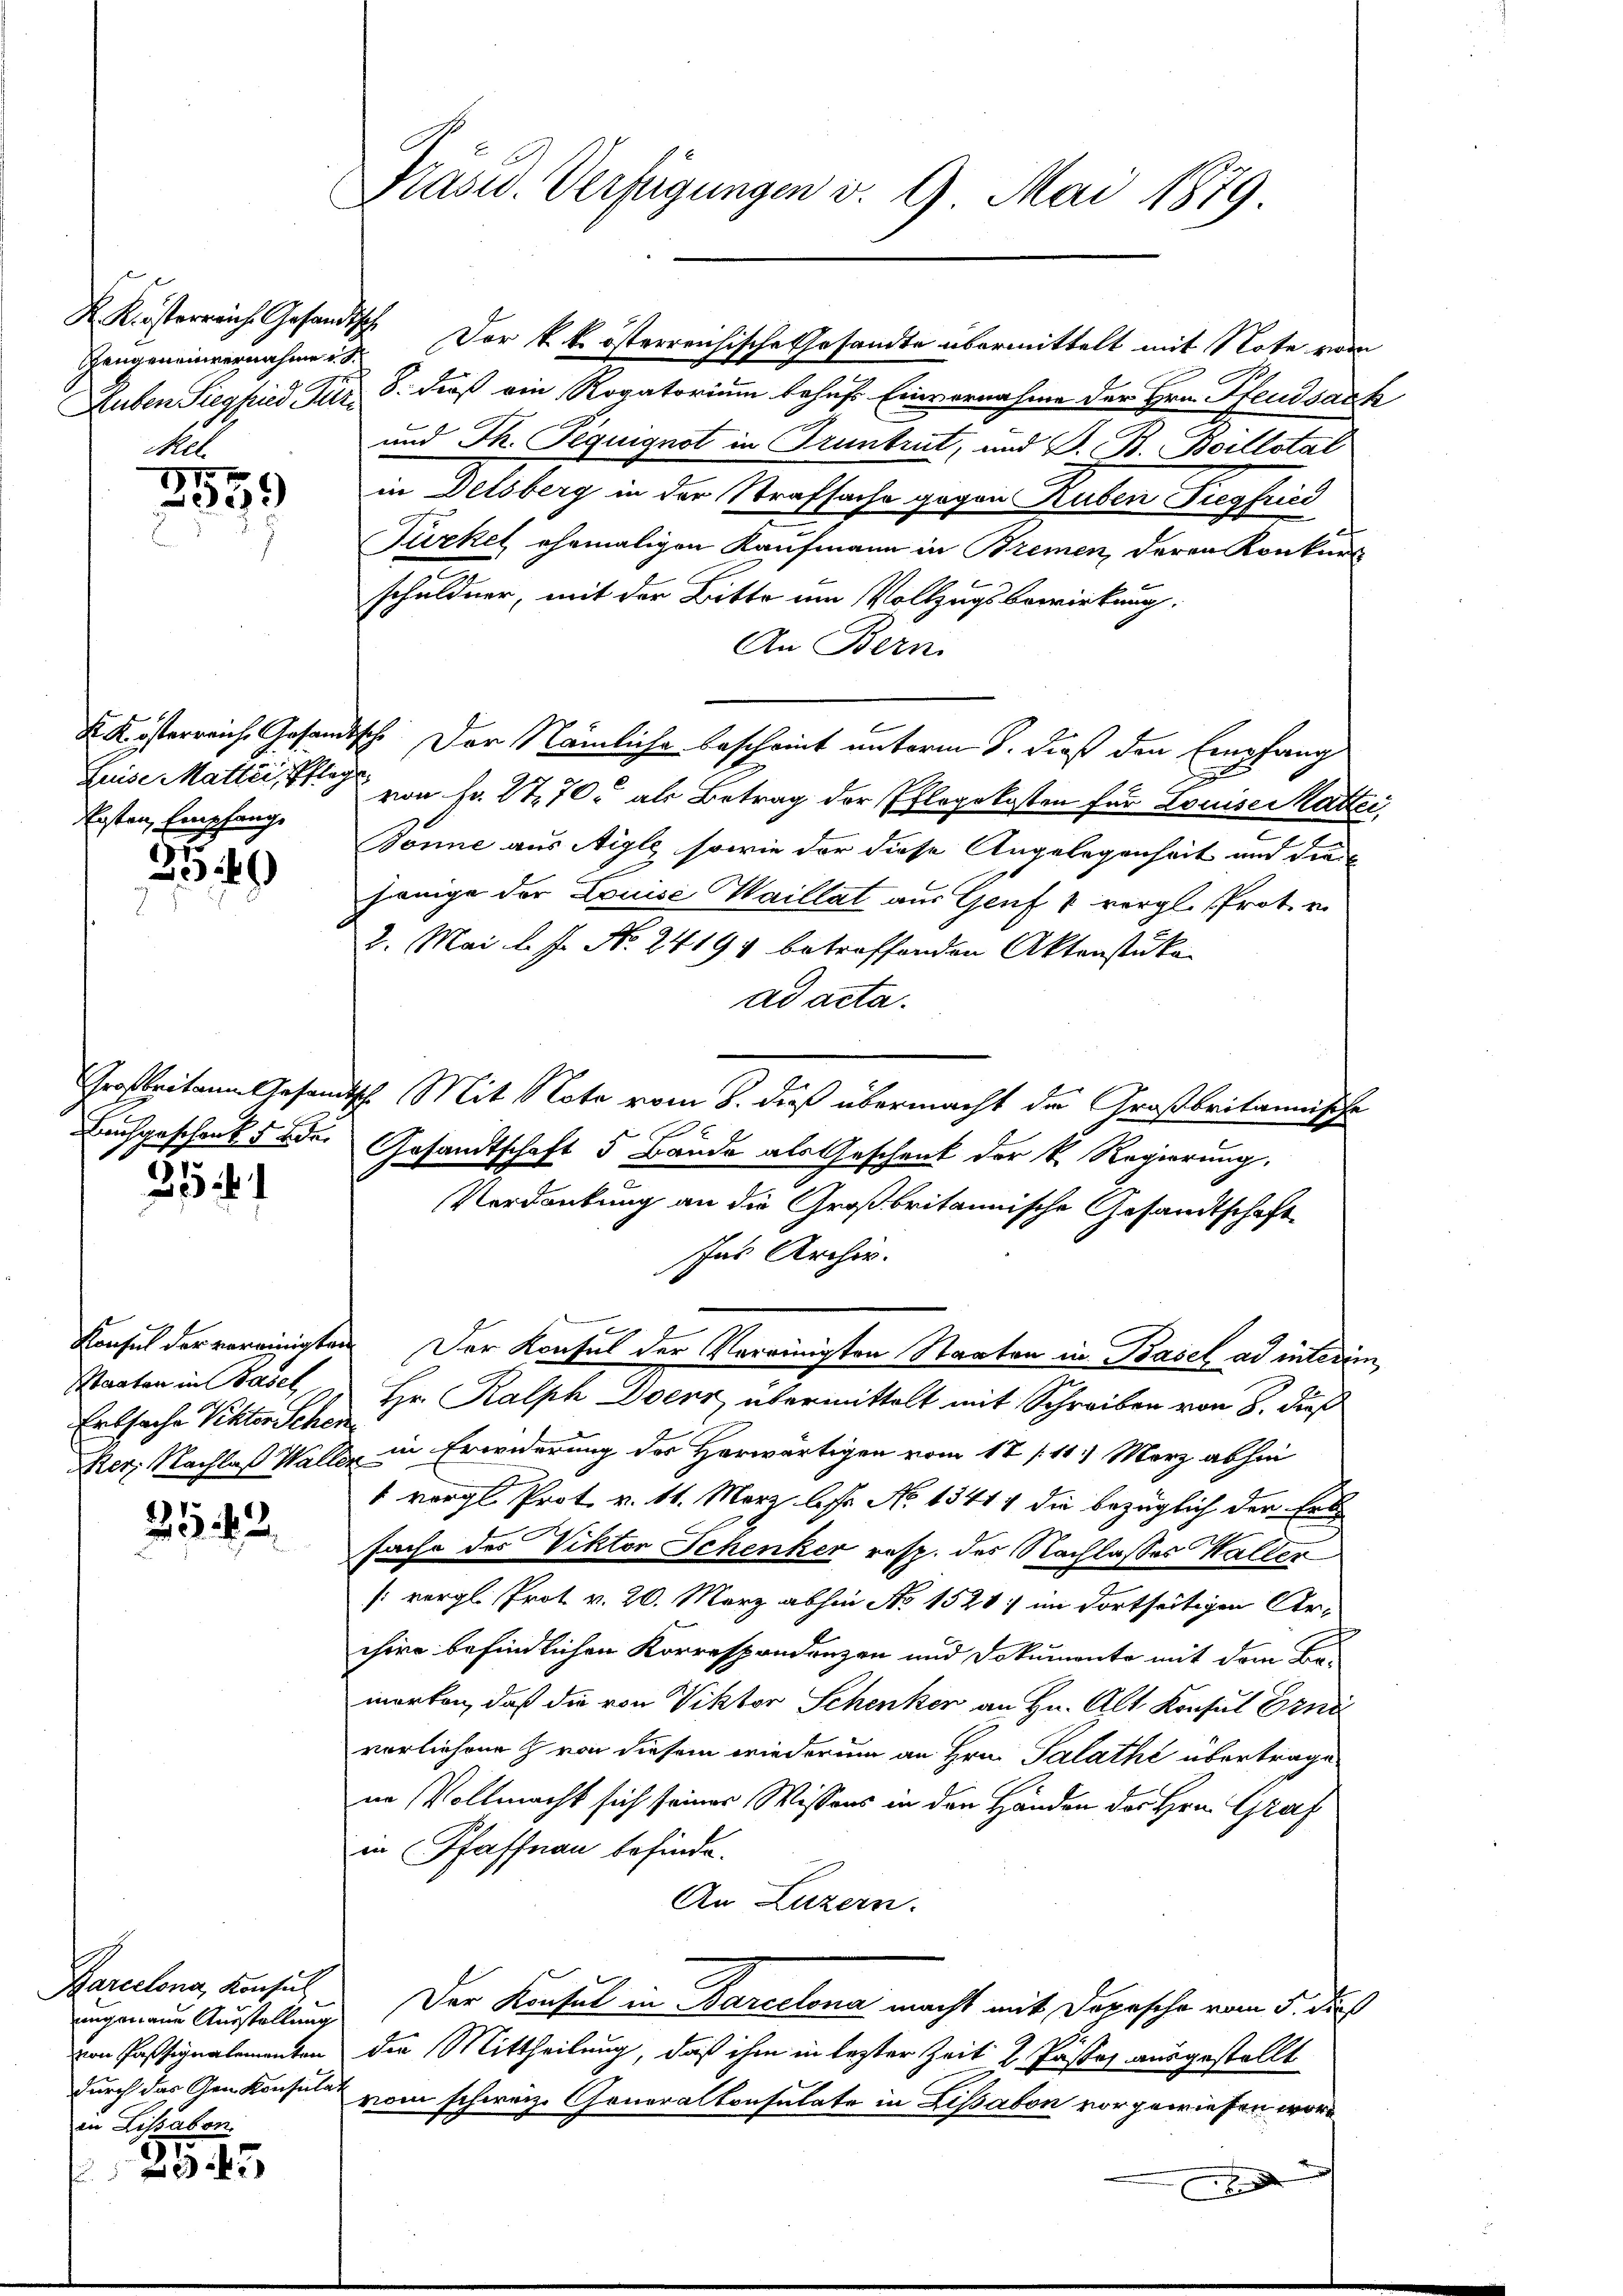
Thengeneinvernahme u. S.

des
8579

Ersten Empfang

3
9

Leichgeschenkt oder
51.

Staaten in Basel
Ertsache Viktor Schen

2542.

Barcelona, Konsul
ungenaue Ausstellung
von Passignalementen
in Lissabon.

35. 75

2.
Präsid. Verfügungen v. 9. Mai 1879.

Luben Siegfried Nur 8. dieß ein Rogatorium behufs Einvernahme der Hrn. Pfeudsach
und Th. Peguignot in Truntrut, und D. B. Boillstal
in Delsberg in der Strafsache gegen Ruben Siegfried
Türkel ehemaligen Kaufmann in Bremen, deren Konkurs
schuldner, mit der Bitte um Vollzugsbewirkung,
An Bern.
K Kösterreich Gesandtsche Der Nämliche bescheint unterm 8. dieß den Empfang
Heise Matte, die von Fr. 2770 als Betrag der Pflegekosten für Louises Matter,
Bonne aus Aigle, sowie der diese Angelegenheit und die
jenige der Louise Waillat aus Genf 1 vergl. Prot. u
3. Mai l. Js. No. 24194 betreffenden Aktenstüke
ad acta.
Großbritann Gesandtsch. Mit Note vom 8. dieß übermacht de Großbritannische
Gesandtschaft 5 Bände als Geschenk der k. Regierung.
Verdankung an die Großbritannische Gesandtschaft
Ins Archiv.
Konsul der vereinigten Der Konsul der Vereinigten Staaten in Basel ad interim
Hr. Ralph Doenz übermittelt mit Schreiben von 8. dieß
Ner; Nachlaß Waller in Erwiderung des Horwärtigen vom 17/11. März abhin
1 vergl. Prot. v. 11. März bis No 13411 die bezüglich der Erbsache des Viktor Schenker resp. des Nachlasses Halder
: vergl. Prot. v. 20. März abhin No 1520 im dortseitigen Archire befindlichen Korrespondenzen und Dokumente mit dem Bo-
morten, daß die von Viktor Schenker an Hr. Alt Konsul Erne
vorliehene & von diesem wiederung an Hrn. Palathe übertrage
nn Vollmacht sich seiner Wissens in den Händen des Hrn. Graf
in Pfaffnau befinde.
An Luzern.
Der Konsul in Barcelona macht mit Depesche vom 5. des
die Mittheilung, daß ihm in lezter Zeit 2 Pastor ausgestellt
durch das Genkonsulat vom schweiz. Generalkonsulate in Lissabon vorgewiesen word

K Kisterreich Gesandtsch. Der k. k. österreichische Gesandte übermittelt mit Note vom